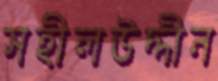
সহীলউদ্দীন